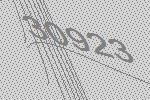
30923